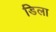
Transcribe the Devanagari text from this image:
डिला